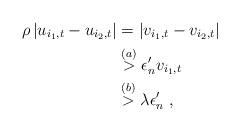
LaTeX: \begin{align*} \rho \left| u_{i_1,t} - u_{i_2,t} \right| & = \left| v_{i_1,t} - v_{i_2,t} \right| \\ & \stackrel{(a)}{>} \epsilon'_n v_{i_1,t} \\ & \stackrel{(b)}{>} \lambda \epsilon'_n \;,\,\end{align*}